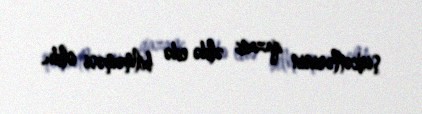
şirkətlərinin qazanc əldə edə bilməməsi oldu.